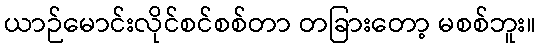
ယာဉ်မောင်းလိုင်စင်စစ်တာ တခြားတော့ မစစ်ဘူး။